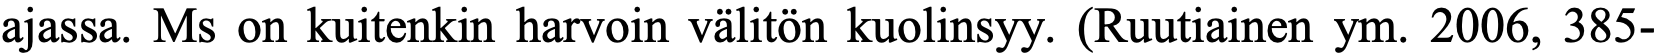
ajassa. Ms on kuitenkin harvoin välitön kuolinsyy. (Ruutiainen ym. 2006, 385-